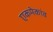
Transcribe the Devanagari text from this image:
एकमेकांव